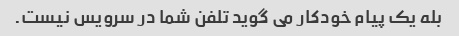
بله یک پیام خودکار می گوید تلفن شما در سرویس نیست.